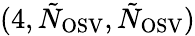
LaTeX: (4,\tilde{N}_{\mathrm{OSV}},\tilde{N}_{\mathrm{OSV}})